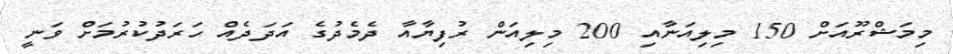
މިމަޝްރޫއަށް 150 މިލިއަނާއި 200 މިލިއަން ރުފިޔާއާ ދެމެދުގެ އަދަދެއް ހަރަދުކުރުމަށް ވަނީ